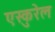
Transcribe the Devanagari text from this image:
एस्कुरेल